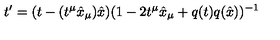
t ^ { \prime } = ( t - ( t ^ { \mu } { \hat { x } } _ { \mu } ) { \hat { x } } ) ( 1 - 2 t ^ { \mu } { \hat { x } } _ { \mu } + q ( t ) q ( { \hat { x } } ) ) ^ { - 1 }